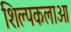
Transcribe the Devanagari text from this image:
शिल्‍पकलाओ